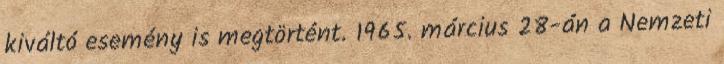
kiváltó esemény is megtörtént. 1965. március 28-án a Nemzeti